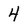
Character: 4